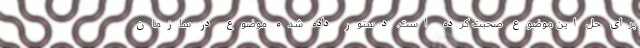
برای حل این موضوع صحبت کرده‌ است. دستور داده شده موضوع در سازمان